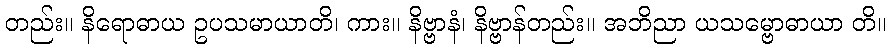
တည်း။ နိရောဓာယ ဥပသမာယာတိ၊ ကား။ နိဗ္ဗာနံ၊ နိဗ္ဗာန်တည်း။ အဘိညာ ယသမ္ဗောဓာယာ တိ။